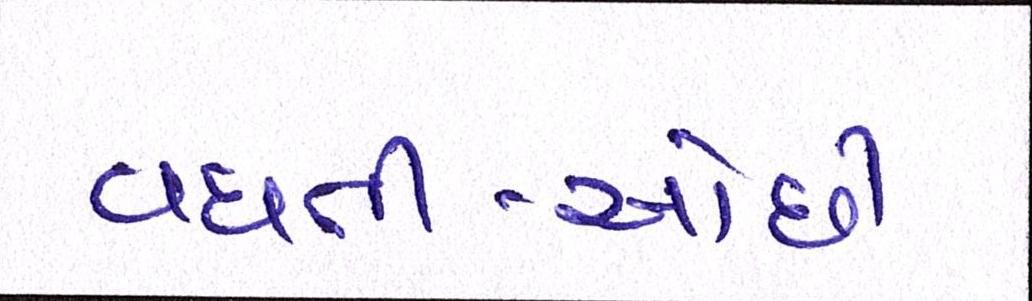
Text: વધતી-ઓછી